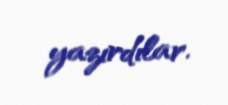
yazırdılar.